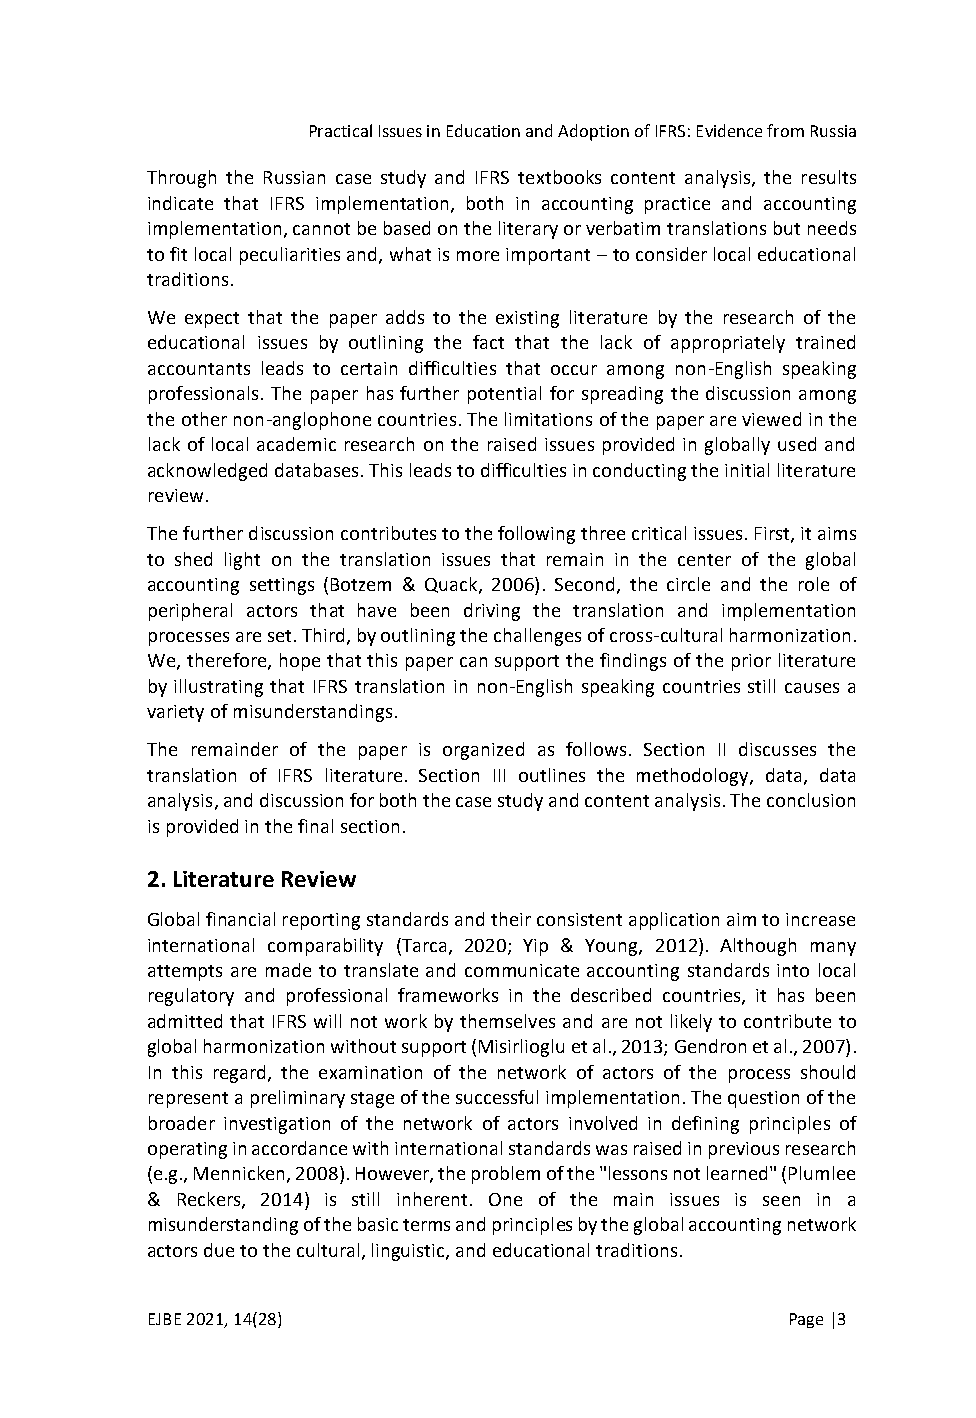
Practical Issues in Education and Adoption of IFRS: Evidence from Russia
 Through the Russian case study and IFRS textbooks content analysis, the results
 indicate that IFRS implementation, both in accounting practice and accounting
 implementation, cannot be based on the literary or verbatim translations but needs
 to fit local peculiarities and, what is more important – to consider local educational
 traditions.
 We expect that the paper adds to the existing literature by the research of the
 educational issues by outlining the fact that the lack of appropriately trained
 accountants leads to certain difficulties that occur among non-English speaking
 professionals. The paper has further potential for spreading the discussion among
 the other non-anglophone countries. The limitations of the paper are viewed in the
 lack of local academic research on the raised issues provided in globally used and
 acknowledged databases. This leads to difficulties in conducting the initial literature
 review.
 The further discussion contributes to the following three critical issues. First, it aims
 to shed light on the translation issues that remain in the center of the global
 accounting settings (Botzem & Quack, 2006). Second, the circle and the role of
 peripheral actors that have been driving the translation and implementation
 processes are set. Third, by outlining the challenges of cross-cultural harmonization.
 We, therefore, hope that this paper can support the findings of the prior literature
 by illustrating that IFRS translation in non-English speaking countries still causes a
 variety of misunderstandings.
 The remainder of the paper is organized as follows. Section II discusses the
 translation of IFRS literature. Section III outlines the methodology, data, data
 analysis, and discussion for both the case study and content analysis. The conclusion
 is provided in the final section.
 2. Literature Review
 Global financial reporting standards and their consistent application aim to increase
 international comparability (Tarca, 2020; Yip & Young, 2012). Although many
 attempts are made to translate and communicate accounting standards into local
 regulatory and professional frameworks in the described countries, it has been
 admitted that IFRS will not work by themselves and are not likely to contribute to
 global harmonization without support (Misirlioglu et al., 2013; Gendron et al., 2007).
 In this regard, the examination of the network of actors of the process should
 represent a preliminary stage of the successful implementation. The question of the
 broader investigation of the network of actors involved in defining principles of
 operating in accordance with international standards was raised in previous research
 (e.g., Mennicken, 2008). However, the problem of the "lessons not learned" (Plumlee
 & Reckers, 2014) is still inherent. One of the main issues is seen in a
 misunderstanding of the basic terms and principles by the global accounting network
 actors due to the cultural, linguistic, and educational traditions.
 EJBE 2021, 14(28)                         Page |3